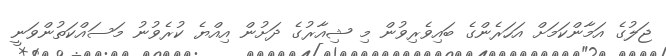
ޖަލުގެ އަމާންކަމަށް އަހަރެންގެ ބައިވެރިވުން މި ޝިއާރުގެ ދަށުން އިއްޔެ ކުރެވުނު މަސައްކަތުންވަނީ